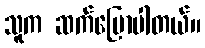
သူက ဆက်ပြောပါတယ်။